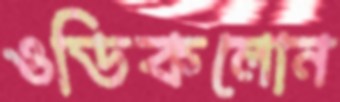
ওডিকলোন